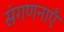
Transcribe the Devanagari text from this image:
संगणनाएँ